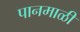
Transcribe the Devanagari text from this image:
पानमाळी